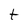
Character: t